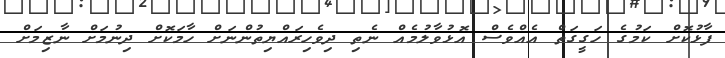
ފާޅުކޮށް ކަމުގެ ހަގީގަތް އެއްވެސް އޮޅުވާލުމެއް ނެތި ދިވެހިރައްޔިތުންނަށް ހާމަކޮށް ދިނުމަށް ނާޒިމަށް